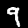
Digit: 9